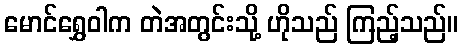
မောင်ရွှေဝါက တဲအတွင်းသို့ ဟိုသည် ကြည့်သည်။